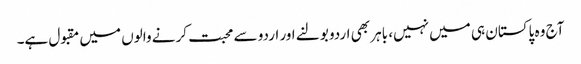
آج وہ پاکستان ہی میں نہیں، باہر بھی اردو بولنے اور اردو سے محبت کرنے والوں میں مقبول ہے۔